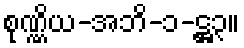
စုဏ္ဏိယ-အဘိ-၁-ဋ္ဌ၃။